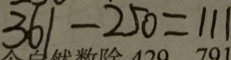
3 6 1 - 2 5 0 = 1 1 1